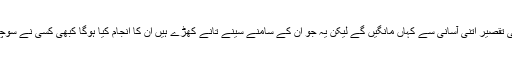
وہ اپنی تقصیر اتنی آسانی سے کہاں مانگیں گے لیکن یہ جو ان کے سامنے سینے تانے کھڑے ہیں ان کا انجام کیا ہوگا کبھی کسی نے سوچا ہے۔